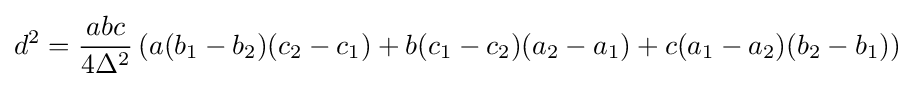
d^{2}={\frac {abc}{4\Delta ^{2}}}\left(a(b_{1}-b_{2})(c_{2}-c_{1})+b(c_{1}-c_{2})(a_{2}-a_{1})+c(a_{1}-a_{2})(b_{2}-b_{1})\right)